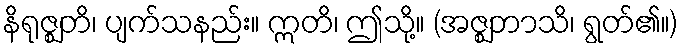
နိရုဇ္ဈတိ၊ ပျက်သနည်း။ ဣတိ၊ ဤသို့။ (အဇ္ဈဘာသိ၊ ရွတ်၏။)